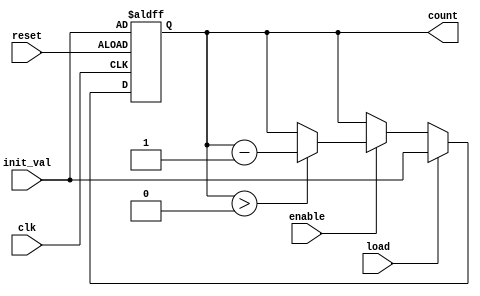
module MemoryBlocksDownCounter (
    input wire clk,            // Clock signal
    input wire reset,          // Asynchronous reset signal
    input wire enable,         // Enable signal to pause/resume counting
    input wire load,           // Load signal to set a new initial value
    input wire [7:0] init_val, // Initial value (8-bit for example)
    output reg [7:0] count     // Current count value (8-bit output)
);
    
    // Memory block to hold the current count value
    reg [7:0] memory_block;

    // Asynchronous reset and load logic
    always @(posedge clk or posedge reset) begin
        if (reset) begin
            // Reset the memory block to the initial value
            memory_block <= init_val;
        end else if (load) begin
            // Load a new initial value into the memory block
            memory_block <= init_val;
        end else if (enable) begin
            // Counting logic: decrement if greater than zero
            if (memory_block > 0) begin
                memory_block <= memory_block - 1;
            end
        end
    end

    // Output the current count value
    always @(*) begin
        count = memory_block; // Assign memory block value to output
    end

endmodule